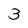
Character: 3